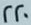
220